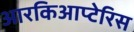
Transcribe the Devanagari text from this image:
आरकिआप्टेरिस